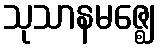
သုသာနမဇ္ဈေ